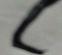
Signature authenticity: forged